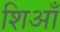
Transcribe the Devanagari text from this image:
शिआँ